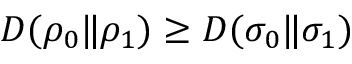
D ( \rho _ { 0 } \| \rho _ { 1 } ) \geq D ( \sigma _ { 0 } \| \sigma _ { 1 } )